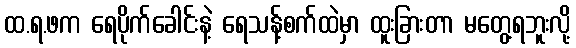
ထ.ရ.ဖက ရေပိုက်ခေါင်းနဲ့ ရေသန့်စက်ထဲမှာ ထူးခြားတာ မတွေ့ရဘူးလို့